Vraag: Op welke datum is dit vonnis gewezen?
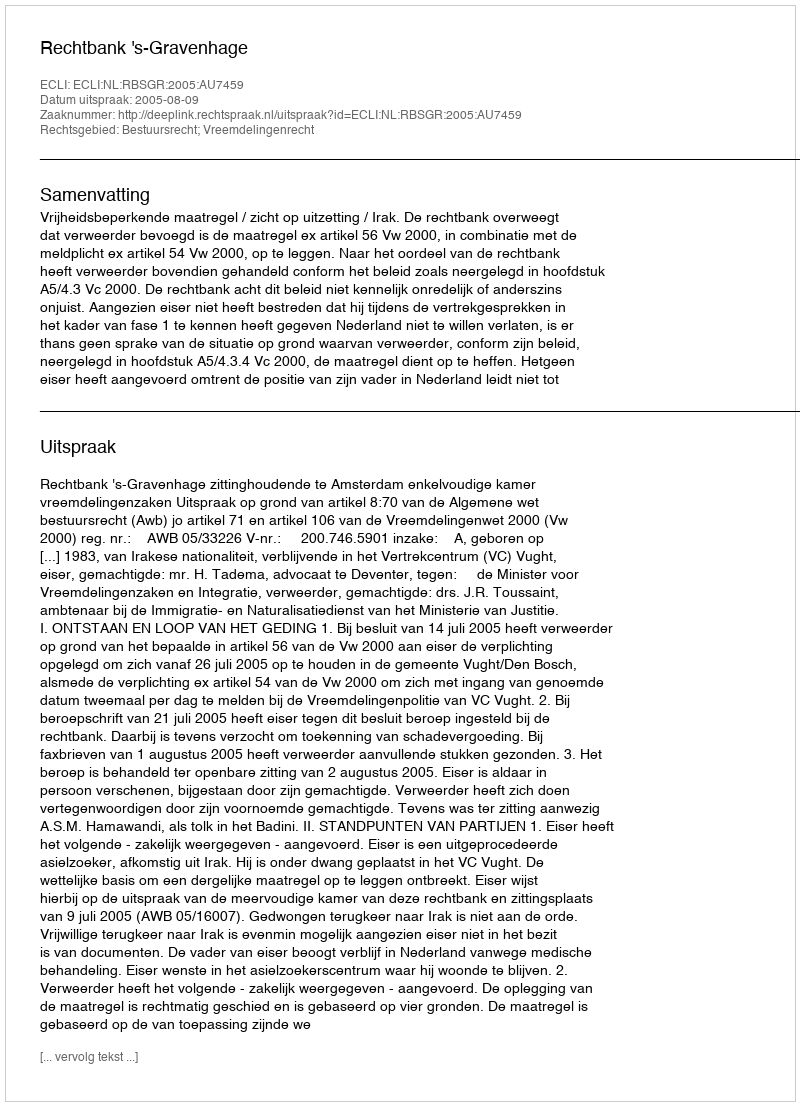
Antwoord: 2005-08-09